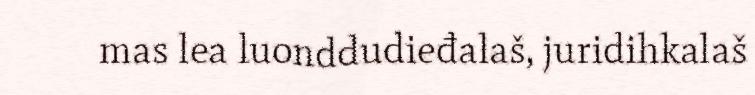
mas lea luonddudieđalaš, juridihkalaš